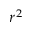
r ^ { 2 }